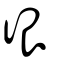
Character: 很